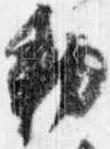
勅